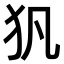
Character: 𤜦